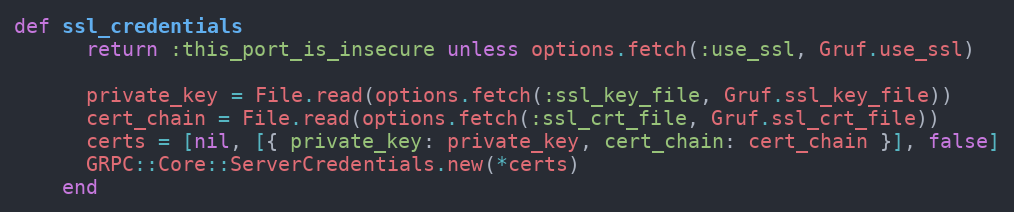
Language: Ruby
def ssl_credentials
      return :this_port_is_insecure unless options.fetch(:use_ssl, Gruf.use_ssl)

      private_key = File.read(options.fetch(:ssl_key_file, Gruf.ssl_key_file))
      cert_chain = File.read(options.fetch(:ssl_crt_file, Gruf.ssl_crt_file))
      certs = [nil, [{ private_key: private_key, cert_chain: cert_chain }], false]
      GRPC::Core::ServerCredentials.new(*certs)
    end